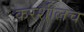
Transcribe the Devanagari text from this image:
करशीलच